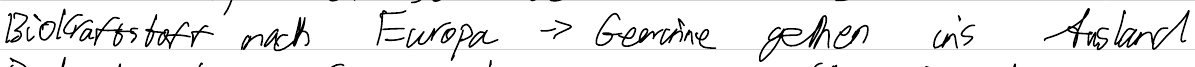
Biokraftstoff nach Europa -> Gewinne gehen ins Ausland